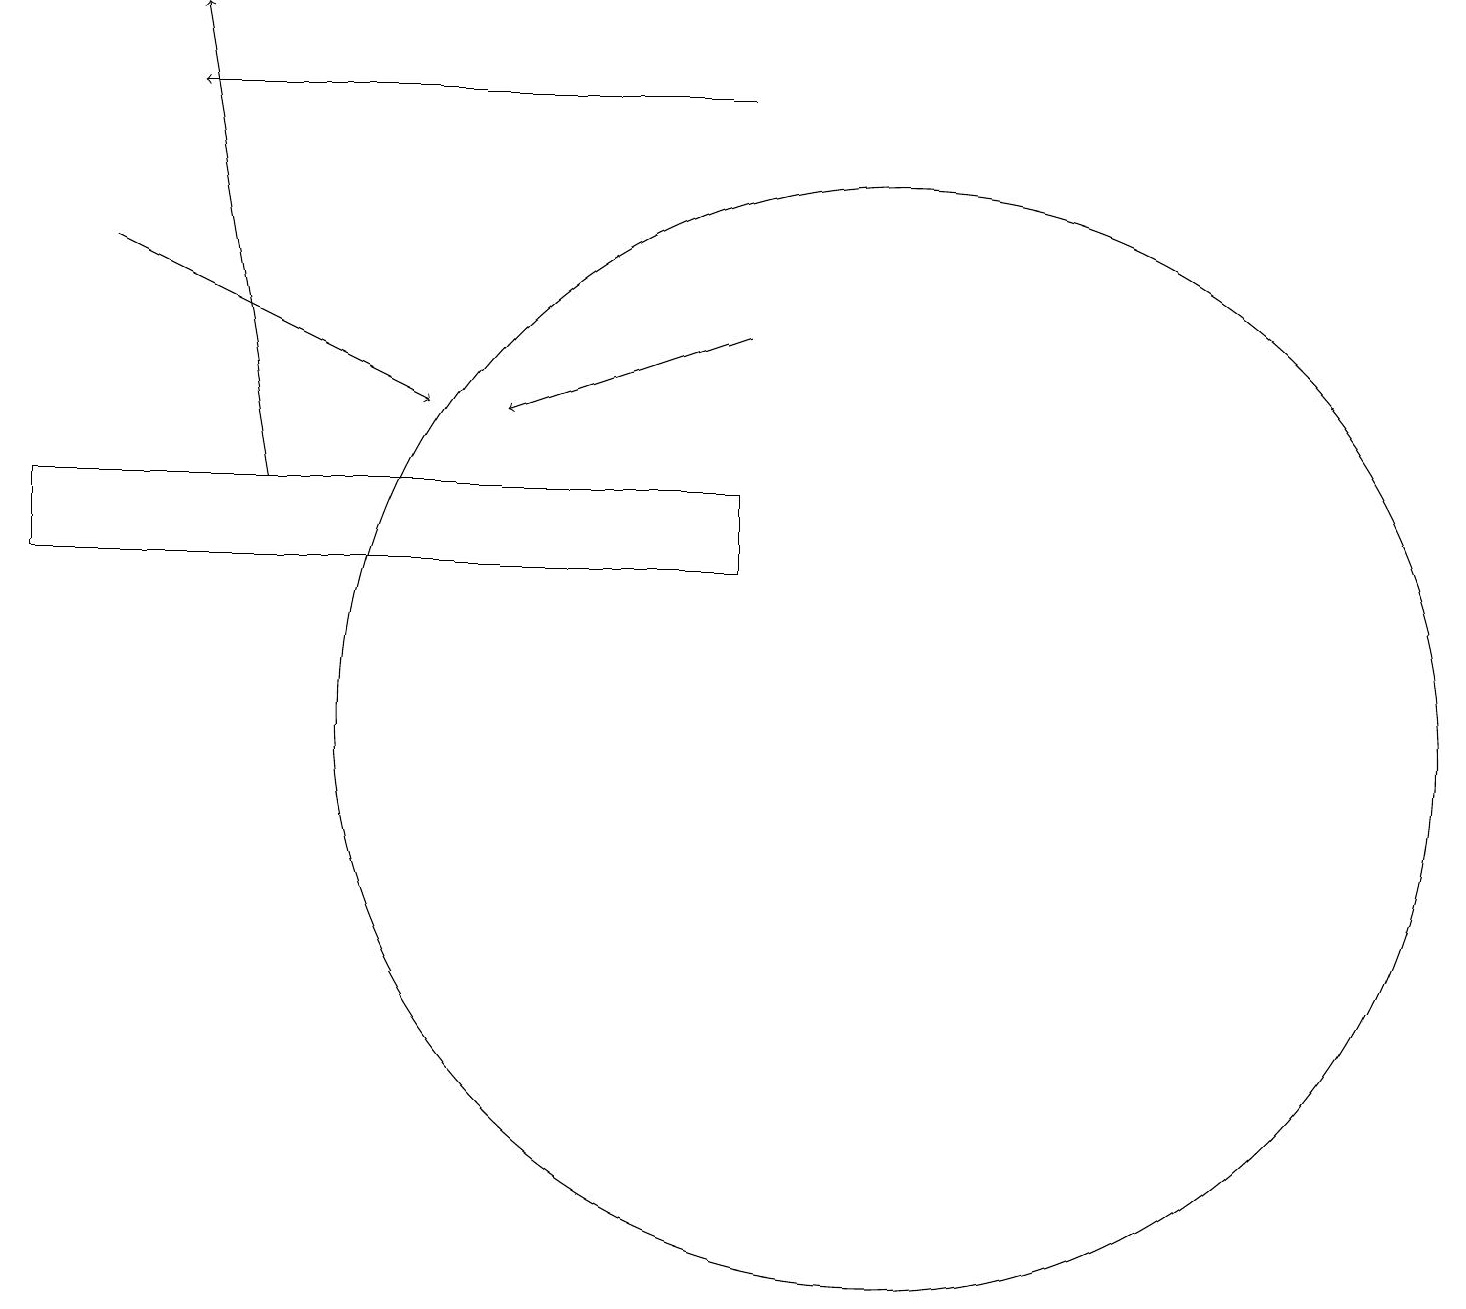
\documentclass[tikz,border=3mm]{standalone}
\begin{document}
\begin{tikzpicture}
\draw[->] (9,15) -- (6,14);
\draw[->] (3,13) -- (2,19);
\draw (11,10) circle (7);
\draw[->] (1,16) -- (5,14);
\draw[->] (9,18) -- (2,18);
\draw (9,12) rectangle (0,13);
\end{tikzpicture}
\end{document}